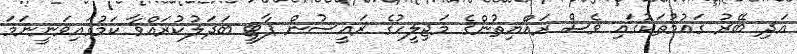
އަދި ބޭރު ގައުމުތަކުގައި ވެސް ރައްޔިތުންގެ މަޖިލީހުގެ ރައީސުން ޕާޓީ ބަދަލުކުރައްވާ ކަމުގައިވަނީނަމަ